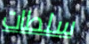
سلطات